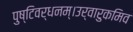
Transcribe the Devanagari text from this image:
पुष्टिवर्धनम्।उर्वारुकमिव